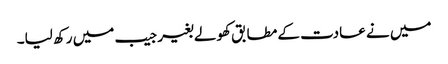
میں نے عادت کے مطابق کھولے بغیر جیب میں رکھ لیا۔